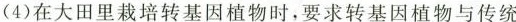
(4)在大田里栽培转基因植物时，要求转基因植物与传统